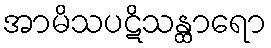
အာမိသပဋိသန္ထာရော